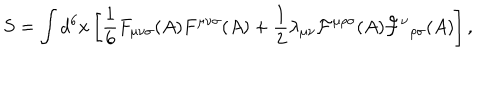
LaTeX: S = \int d ^ { 6 } x \left[ { \frac 1 6 } F _ { { \mu } { \nu } { \sigma } } ( A ) F ^ { { \mu } { \nu } { \sigma } } ( A ) + { \frac 1 2 } { \lambda } _ { { \mu } { \nu } } { \cal F } ^ { { \mu } { \rho } { \sigma } } ( A ) { { \cal F } ^ { \nu } } _ { { \rho } { \sigma } } ( A ) \right] ,